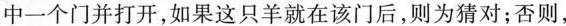
中一个门并打开，如果这只羊就在该门后，则为猜对；否则，